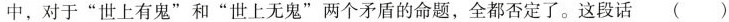
中，对于”世上有鬼”和”世上无鬼”两个矛盾的命题，全都否定了。这段话()